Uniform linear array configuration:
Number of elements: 24
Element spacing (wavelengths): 0.75
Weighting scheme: hamming
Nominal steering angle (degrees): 30
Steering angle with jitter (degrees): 30.042
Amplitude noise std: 0.05
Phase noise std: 0.05

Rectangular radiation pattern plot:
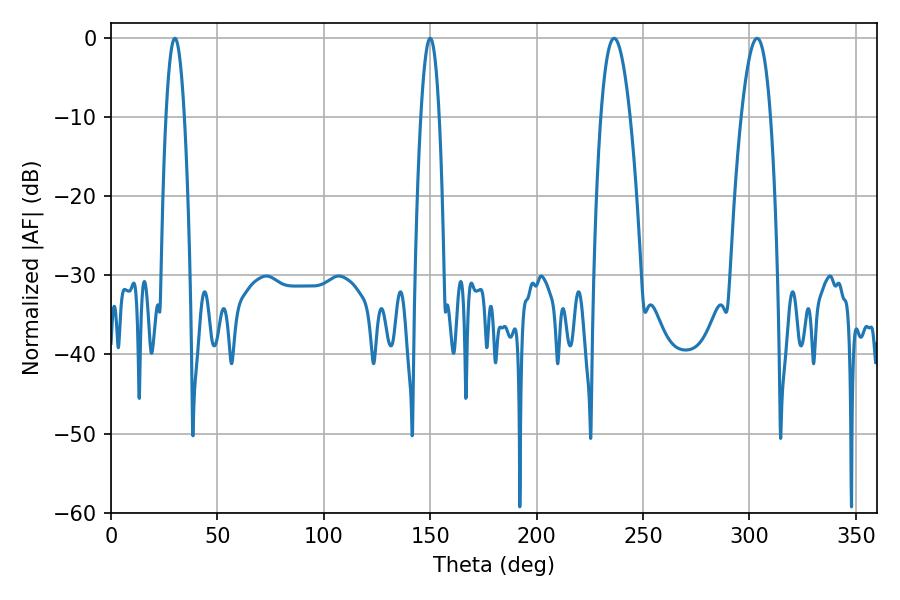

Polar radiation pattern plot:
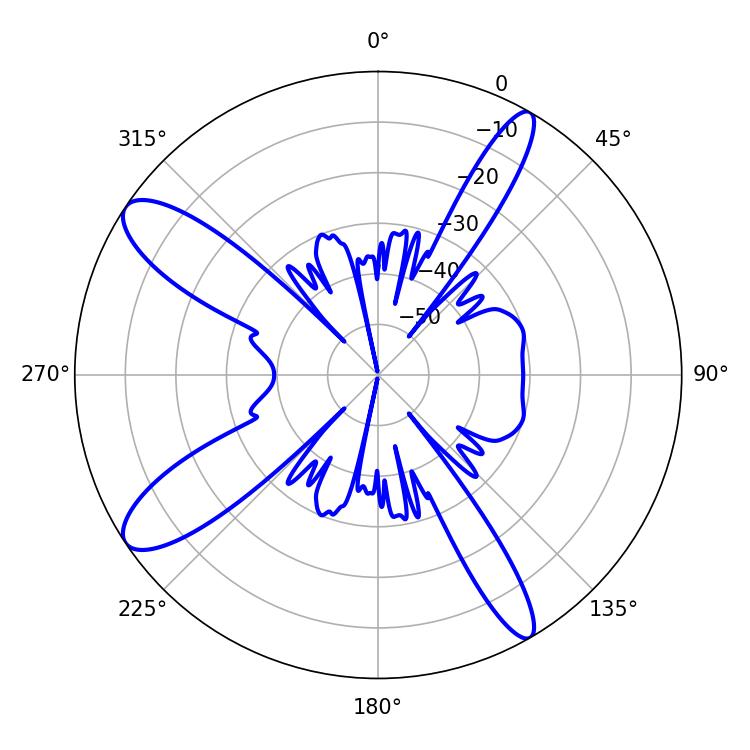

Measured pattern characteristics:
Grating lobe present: TRUE
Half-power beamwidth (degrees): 4.68
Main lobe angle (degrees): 30.06